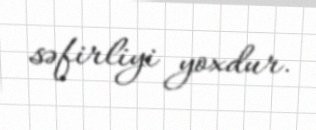
səfirliyi yoxdur.